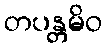
တပန္တမိဝ